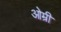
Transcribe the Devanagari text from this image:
ओम्री